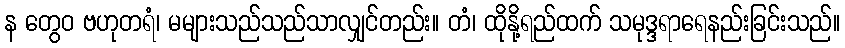
န တွေဝ ဗဟုတရံ၊ မများသည်သည်သာလျှင်တည်း။ တံ၊ ထိုနို့ရည်ထက် သမုဒ္ဒရာရေနည်းခြင်းသည်။